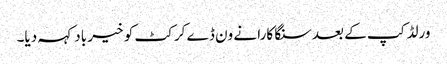
ورلڈ کپ کے بعد سنگا کارا نے ون ڈے کرکٹ کو خیر باد کہہ دیا۔